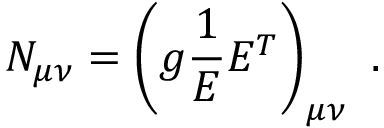
N _ { \mu \nu } = \left( g \frac { 1 } { E } E ^ { T } \right) _ { \mu \nu } ~ .